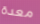
معدة